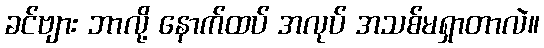
ခင်ဗျား ဘာလို့ နောက်ထပ် အလုပ် အသစ်မရှာတာလဲ။